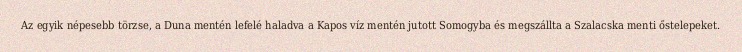
Az egyik népesebb törzse, a Duna mentén lefelé haladva a Kapos víz mentén jutott Somogyba és megszállta a Szalacska menti őstelepeket.